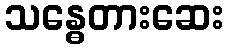
သန္ဓေတားဆေး